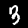
Label: 3